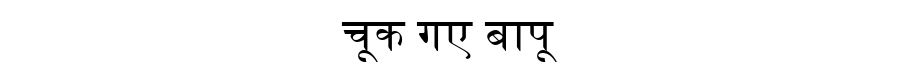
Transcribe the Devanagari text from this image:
चूक गए बापू